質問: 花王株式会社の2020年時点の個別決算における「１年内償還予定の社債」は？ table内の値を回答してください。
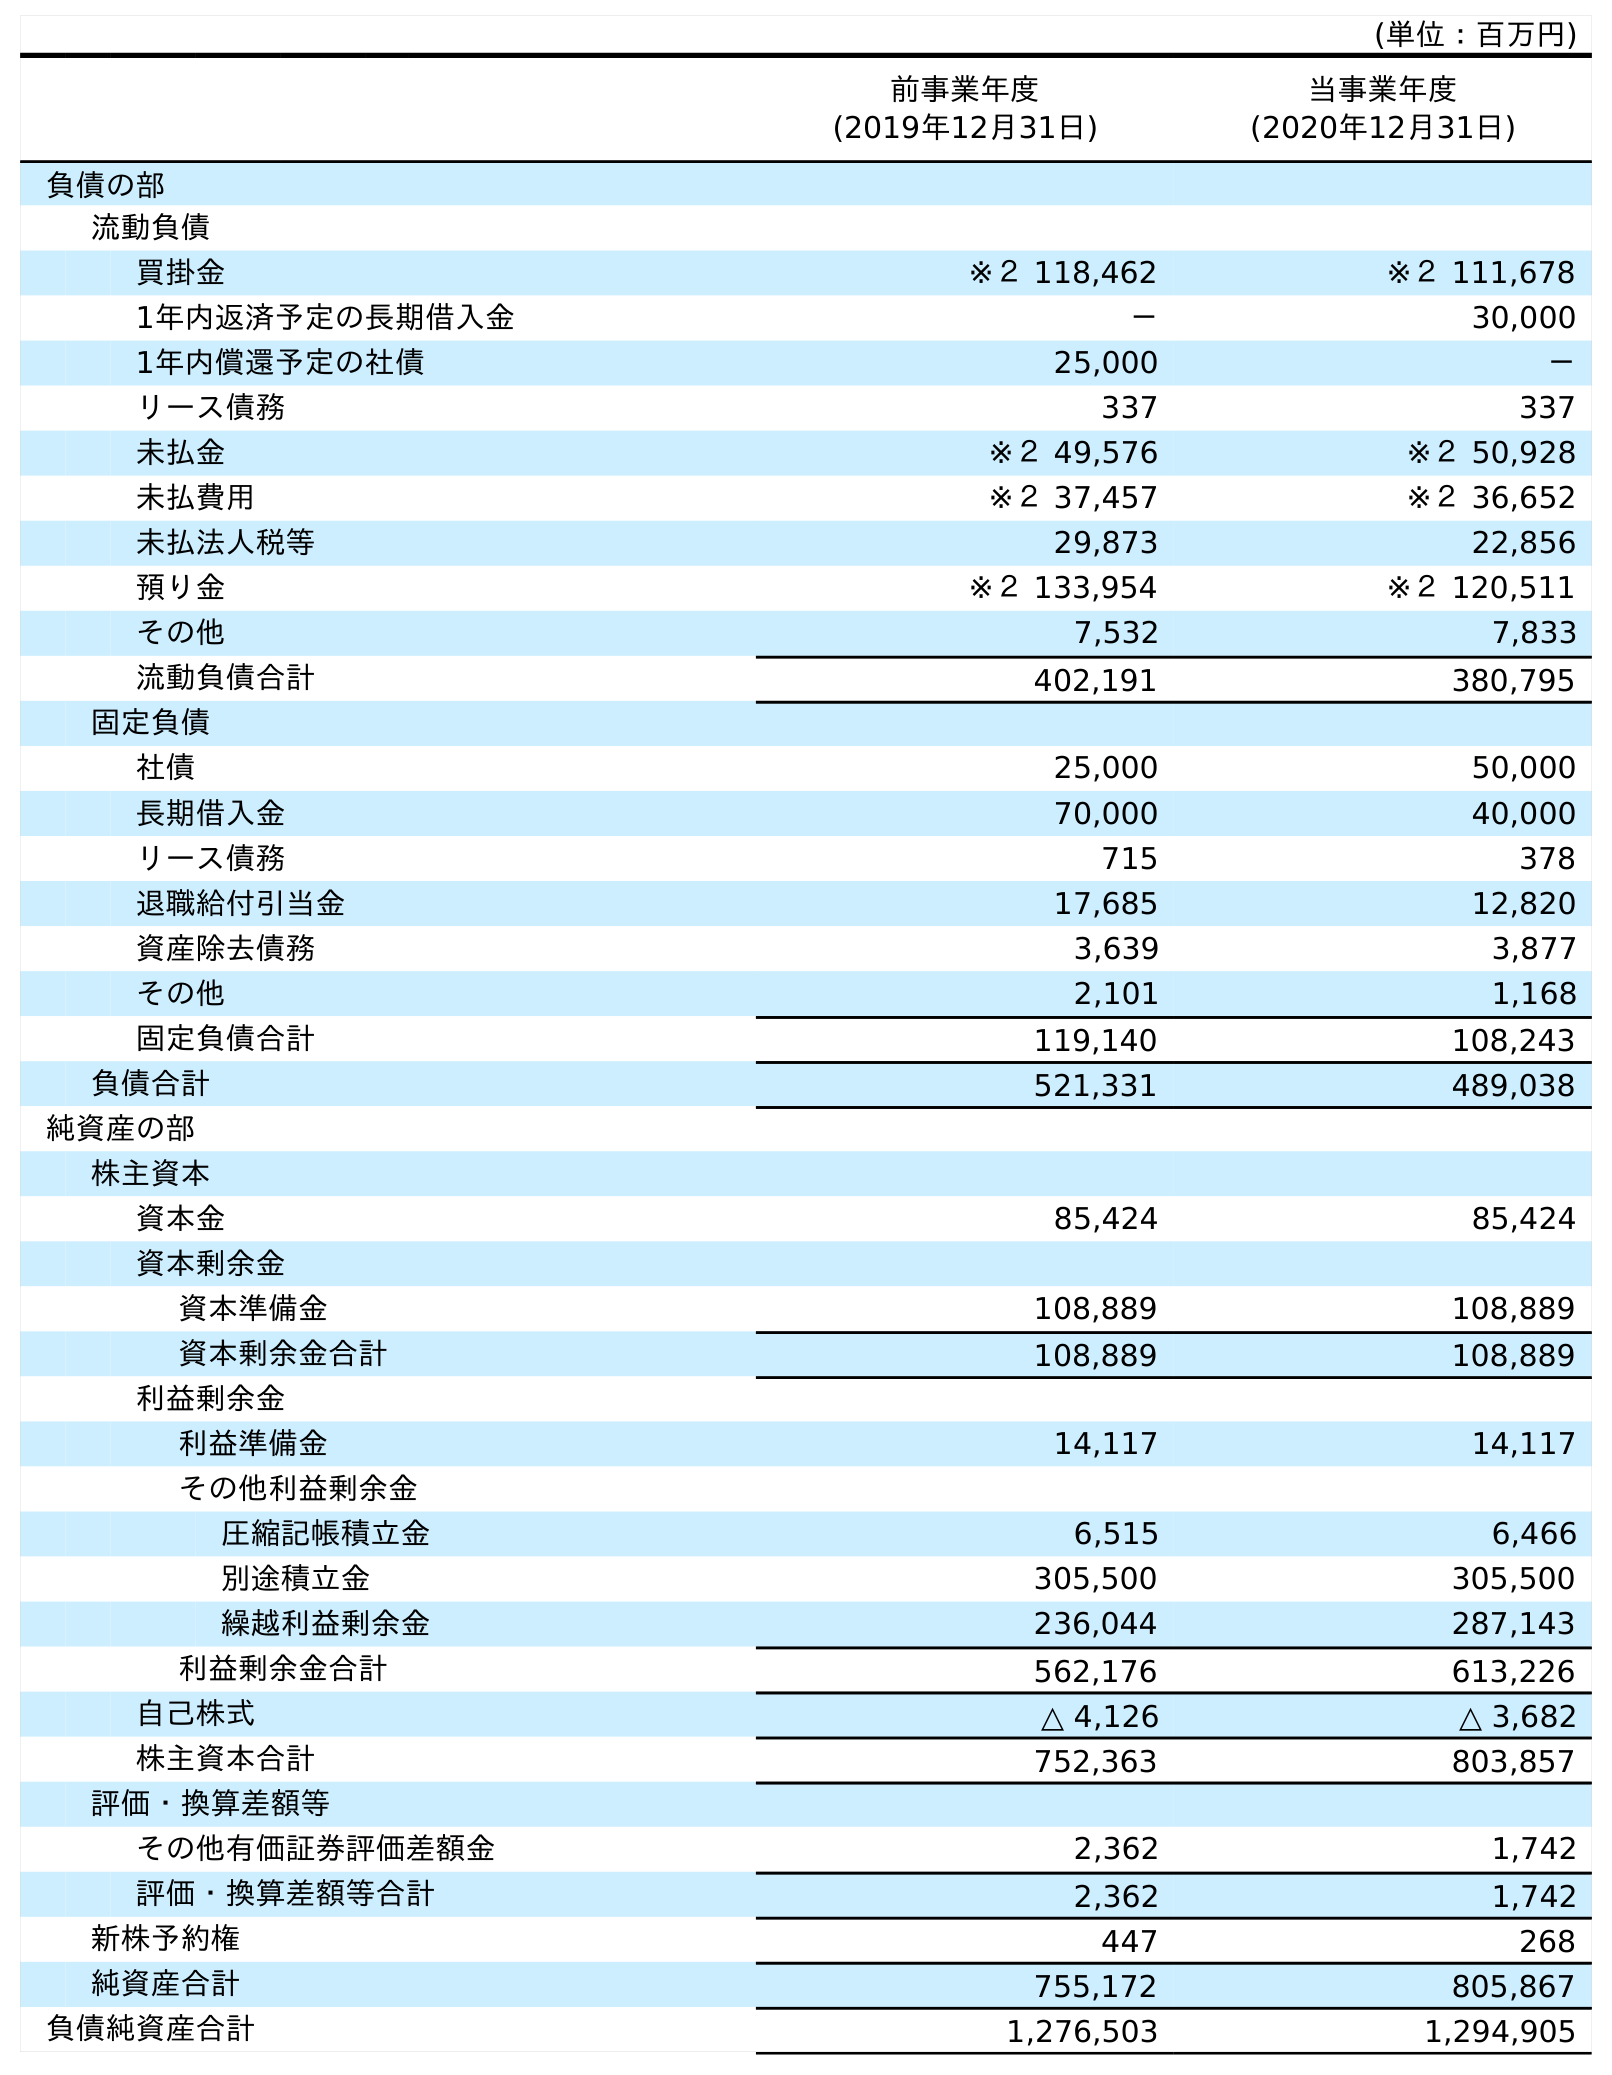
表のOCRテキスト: (単位：百万円) 前事業年度 (2019年12月31日) 当事業年度 (2020年12月31日) 負債の部 流動負債 買掛金 ※２ 118,462 ※２ 111,678 1年内返済予定の長期借入金 － 30,000 1年内償還予定の社債 25,000 － リース債務 337 337 未払金 ※２ 49,576 ※２ 50,928 未払費用 ※２ 37,457 ※２ 36,652 未払法人税等 29,873 22,856 預り金 ※２ 133,954 ※２ 120,511 その他 7,532 7,833 流動負債合計 402,191 380,795 固定負債 社債 25,000 50,000 長期借入金 70,000 40,000 リース債務 715 378 退職給付引当金 17,685 12,820 資産除去債務 3,639 3,877 その他 2,101 1,168 固定負債合計 119,140 108,243 負債合計 521,331 489,038 純資産の部 株主資本 資本金 85,424 85,424 資本剰余金 資本準備金 108,889 108,889 資本剰余金合計 108,889 108,889 利益剰余金 利益準備金 14,117 14,117 その他利益剰余金 圧縮記帳積立金 6,515 6,466 別途積立金 305,500 305,500 繰越利益剰余金 236,044 287,143 利益剰余金合計 562,176 613,226 自己株式 △ 4,126 △ 3,682 株主資本合計 752,363 803,857 評価・換算差額等 その他有価証券評価差額金 2,362 1,742 評価・換算差額等合計 2,362 1,742 新株予約権 447 268 純資産合計 755,172 805,867 負債純資産合計 1,276,503 1,294,905
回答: －